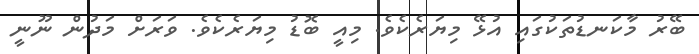
ބޭރު މާކަނޑުތަކުގައި އުޅޭ މިޔަރެކެވެ. މިއީ ބޮޑު މިޔަރެކެވެ. ވަރަށް މަދުން ނޫނީ